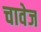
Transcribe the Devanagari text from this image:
चावेज